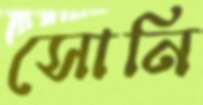
সোনি